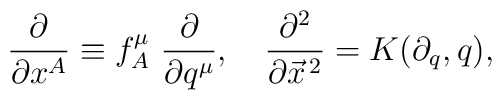
\frac{\partial}{\partial x^A} \equiv     f_A^\mu ~ \frac{\partial}{\partial q^\mu},~~~ \frac{\partial^2}{\partial \vec{x}^{\, 2}} = K(\partial_q, q),